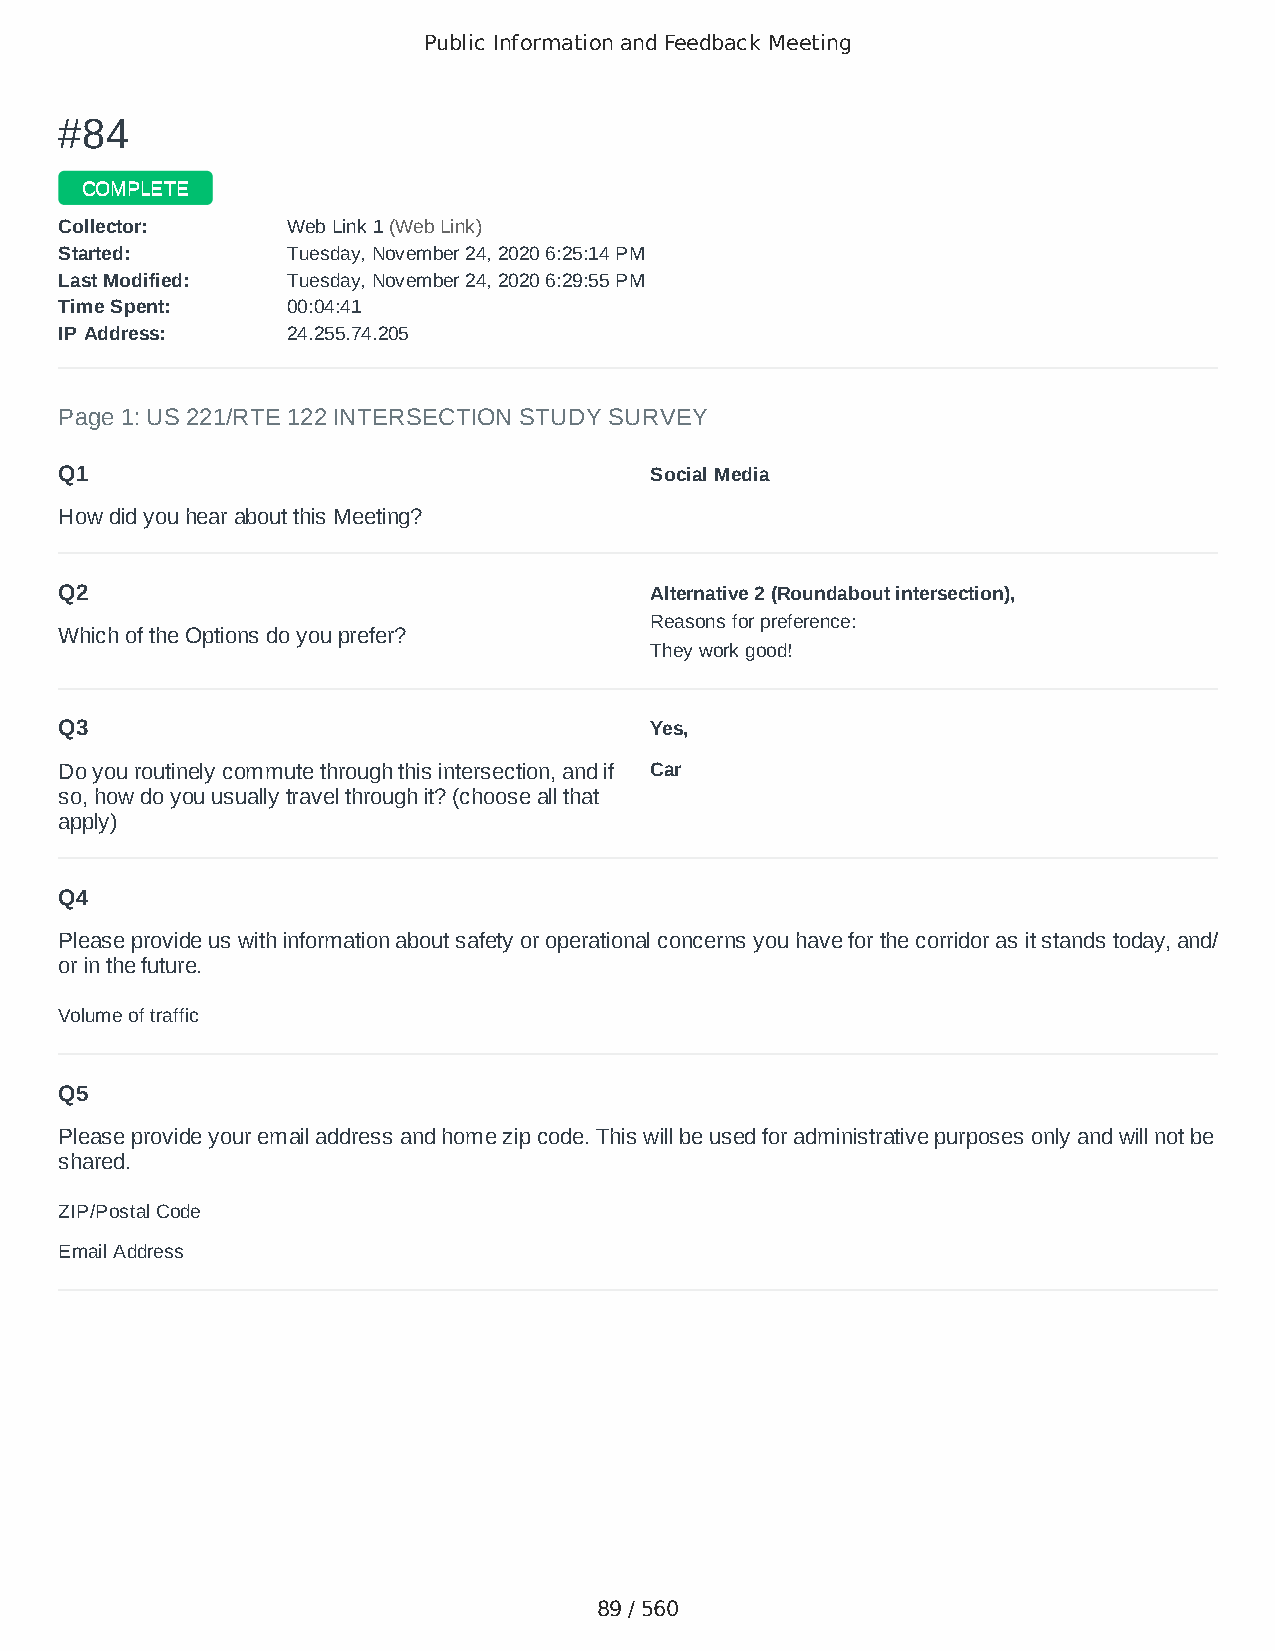
Public Information and Feedback Meeting
 ##8844
 CCOOMMPPLLEETTEE
 CCoolllleeccttoorr:: WWeebb LLiinnkk 11 ((WWeebb LLiinnkk))
 SSttaarrtteedd:: TTuueessddaayy,, NNoovveemmbbeerr 2244,, 22002200 66::2255::1144 PPMM
 LLaasstt MMooddiiffiieedd:: TTuueessddaayy,, NNoovveemmbbeerr 2244,, 22002200 66::2299::5555 PPMM
 TTiimmee SSppeenntt:: 0000::0044::4411
 IIPP AAddddrreessss:: 2244..225555..7744..220055
 Page 1: US 221/RTE 122 INTERSECTION STUDY SURVEY
 Q1                                     Social Media
 How did you hear about this Meeting?
 Q2                                     Alternative 2 (Roundabout intersection),
 Reasons for preference:
 Which of the Options do you prefer?
 They work good!
 Q3                                     Yes,
 Do you routinely commute through this intersection, and if Car
 so, how do you usually travel through it? (choose all that
 apply)
 Q4
 Please provide us with information about safety or operational concerns you have for the corridor as it stands today, and/
 or in the future.
 Volume of traffic
 Q5
 Please provide your email address and home zip code. This will be used for administrative purposes only and will not be
 shared.
 ZIP/Postal Code                        24012
 Email Address                          kimmusgrove33@gmail.com
 89 / 560